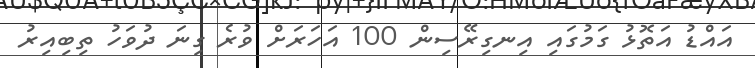
އައްޑު އަތޮޅު ގަމުގައި އިނގިރޭސިން 100 އަހަރަށް ވުރެ ގިނަ ދުވަހު ތިބިއިރު